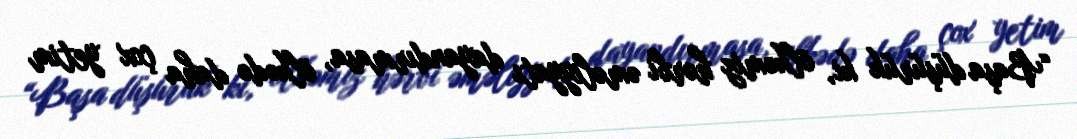
“Başa düşürük ki, ölkəmiz hərbi əməliyyatı dayandırmasa, ölkədə daha çox yetim